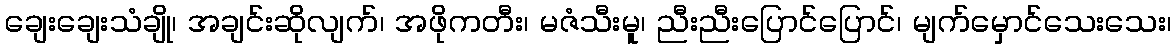
ချေးချေးသံချို၊ အချင်းဆိုလျက်၊ အဖိုကတီး၊ မဇံသီးမူ၊ ညီးညီးပြောင်ပြောင်၊ မျက်မှောင်သေးသေး၊